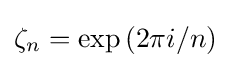
\zeta _{n}=\exp {(2\pi i/n)}